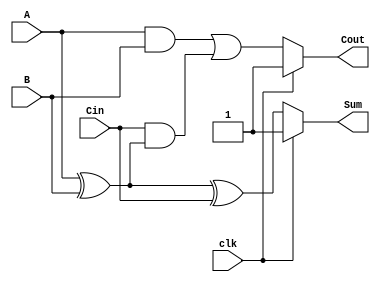
module dynamic_full_adder (
    input wire A,
    input wire B,
    input wire Cin,
    input wire clk,
    output wire Sum,
    output wire Cout
);

    // Internal wires for dynamic logic
    wire A_xor_B;
    wire A_and_B;
    wire A_xor_B_and_Cin;
    wire precharge_sum, precharge_cout;

    // Dynamic logic for Sum: Sum = A  B  Cin
    // Precharge phase
    assign precharge_sum = clk ? 1'b1 : 1'b0; // Precharge when clk is high
    assign A_xor_B = A ^ B; // A  B
    assign Sum = (clk) ? precharge_sum : (A_xor_B ^ Cin); // Evaluate phase

    // Dynamic logic for Cout: Cout = (A  B) + (Cin  (A  B))
    // Precharge phase
    assign precharge_cout = clk ? 1'b1 : 1'b0; // Precharge when clk is high
    assign A_and_B = A & B; // A  B
    assign Cout = (clk) ? precharge_cout : (A_and_B | (Cin & A_xor_B)); // Evaluate phase

endmodule